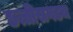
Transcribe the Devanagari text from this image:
छत्तीसगडच